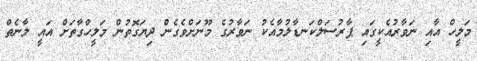
މަލީހް އާއި ނަވާރުއެކީގައި ޕާރުސަލްކަނޑާލުމާއެކު ނަވާރުގެ މޫނަށްވެގެން ދިޔަގޮތުން މަލީހްގާތަށް އައީ ލާނެތް